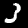
Digit: 3